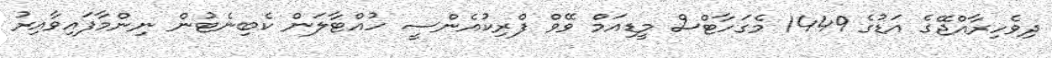
ދިވެހިރާއްޖޭގެ އަޑުގެ 1449 މެގަހާޓްސް މީޑިއަމް ވޭވް ފްރިކުއެންސީ ހުއްޓާލަން ކެބިނެޓުން ނިންމާފައިވާއިރު